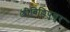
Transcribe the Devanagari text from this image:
श्रीविल्लिपुत्तुर